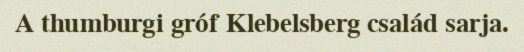
A thumburgi gróf Klebelsberg család sarja.